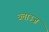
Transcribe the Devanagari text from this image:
ब्लाउज़